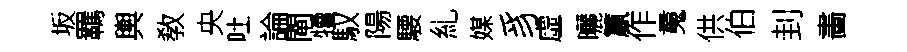
坂羈輿敎央吐論閘犢馭陽騕糺媒豸虛曬籯作䰟供伯刲畵